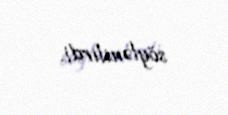
söylənilirdi.